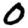
Digit: 0